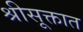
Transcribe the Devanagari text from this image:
श्रीसूक्तात